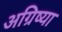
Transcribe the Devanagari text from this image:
अग्रिष्या